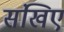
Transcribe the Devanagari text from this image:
संखिए